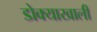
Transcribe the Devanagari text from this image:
डोक्याखाली